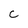
Character: c